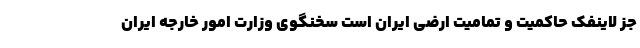
جز لاینفک حاکمیت و تمامیت ارضی ایران است سخنگوی وزارت امور خارجه ایران